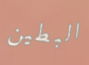
البطين